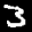
Label: 3